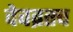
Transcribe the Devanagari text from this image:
देवव्रतच